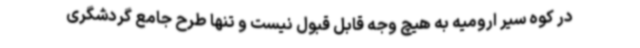
در کوه سیر ارومیه به هیچ وجه قابل قبول نیست و تنها طرح جامع گردشگری